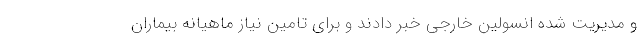
و مدیریت شده انسولین خارجی خبر دادند و برای تامین نیاز ماهیانه بیماران